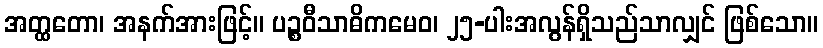
အတ္ထတော၊ အနက်အားဖြင့်။ ပဉ္စဝီသာဓိကမေဝ၊ ၂၅-ပါးအလွန်ရှိသည်သာလျှင် ဖြစ်သော။